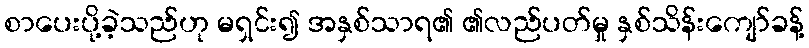
စာပေးပို့ခဲ့သည်ဟု မရှင်း၍ အနှစ်သာရ၏ ၏လည်ပတ်မှု နှစ်သိန်းကျော်ခန့်